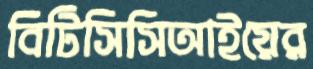
বিটিসিসিআইয়ের